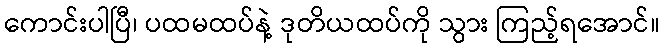
ကောင်းပါပြီ၊ ပထမထပ်နဲ့ ဒုတိယထပ်ကို သွား ကြည့်ရအောင်။